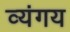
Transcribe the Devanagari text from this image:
व्यंगय